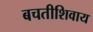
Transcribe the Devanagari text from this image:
बचतीशिवाय